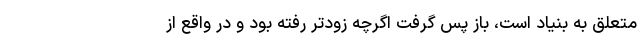
متعلق به بنیاد است، باز پس گرفت اگرچه زودتر رفته بود و در واقع از